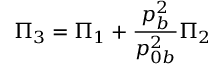
\Pi _ { 3 } = \Pi _ { 1 } + { \frac { p _ { b } ^ { 2 } } { p _ { 0 b } ^ { 2 } } } \Pi _ { 2 }